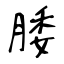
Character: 腇